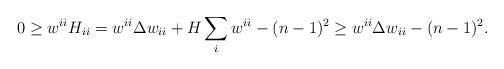
LaTeX: \begin{align*}0\geq w^{ii}H_{ii}= w^{ii}\Delta w_{ii} +H\sum\limits_iw^{ii}-(n-1)^2\geq w^{ii}\Delta w_{ii} -(n-1)^2.\end{align*}